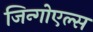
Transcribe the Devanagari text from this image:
जिन्गोएल्स